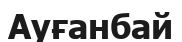
Ауғанбай